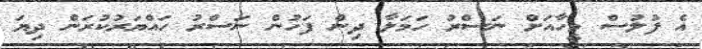
އެ ފުލުސް މީހާއަށް ނަސްރު ހަމަލާ ދިން ފަހުން ނަސްރު ހައްޔަރުކުރަން ދިޔަ